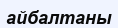
айбалтаны